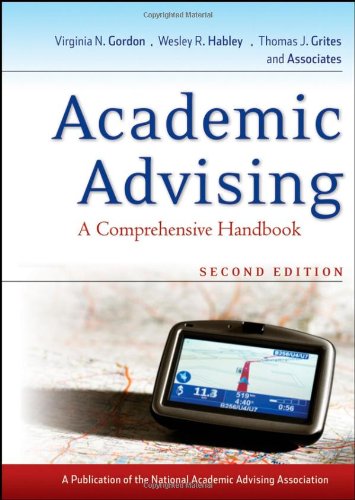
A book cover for Academic Advising: A Comprehensive Handbook; Education & Teaching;